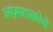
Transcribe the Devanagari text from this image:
आंध्रमहासभेचे